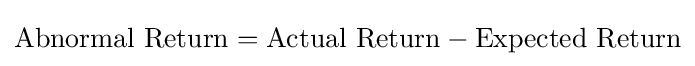
{\textrm {Abnormal}}\ {\textrm {Return}}={\textrm {Actual}}\ {\textrm {Return}}-{\textrm {Expected}}\ {\textrm {Return}}